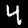
Digit: 4